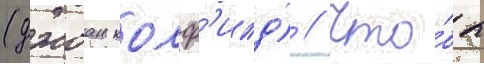
(джоан колф'илд) // Что́бы